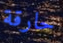
حارقة